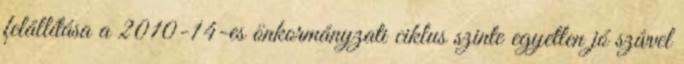
felállítása a 2010-14-es önkormányzati ciklus szinte egyetlen jó szívvel